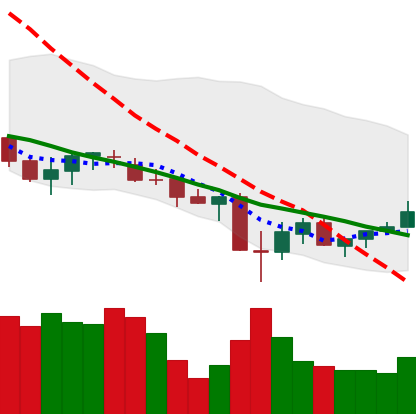
Ticker: XLM-USD
Chart end date: 2021-06-29
Forward return: -4.519%
Label: down_3_5